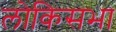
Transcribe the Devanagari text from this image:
लोकिसभा